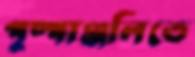
পুষ্পাঞ্জলিতে